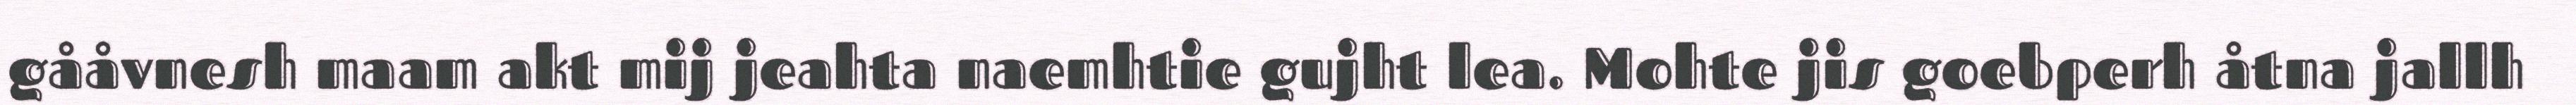
gååvnesh maam akt mij jeahta naemhtie gujht lea. Mohte jis goebperh åtna jallh